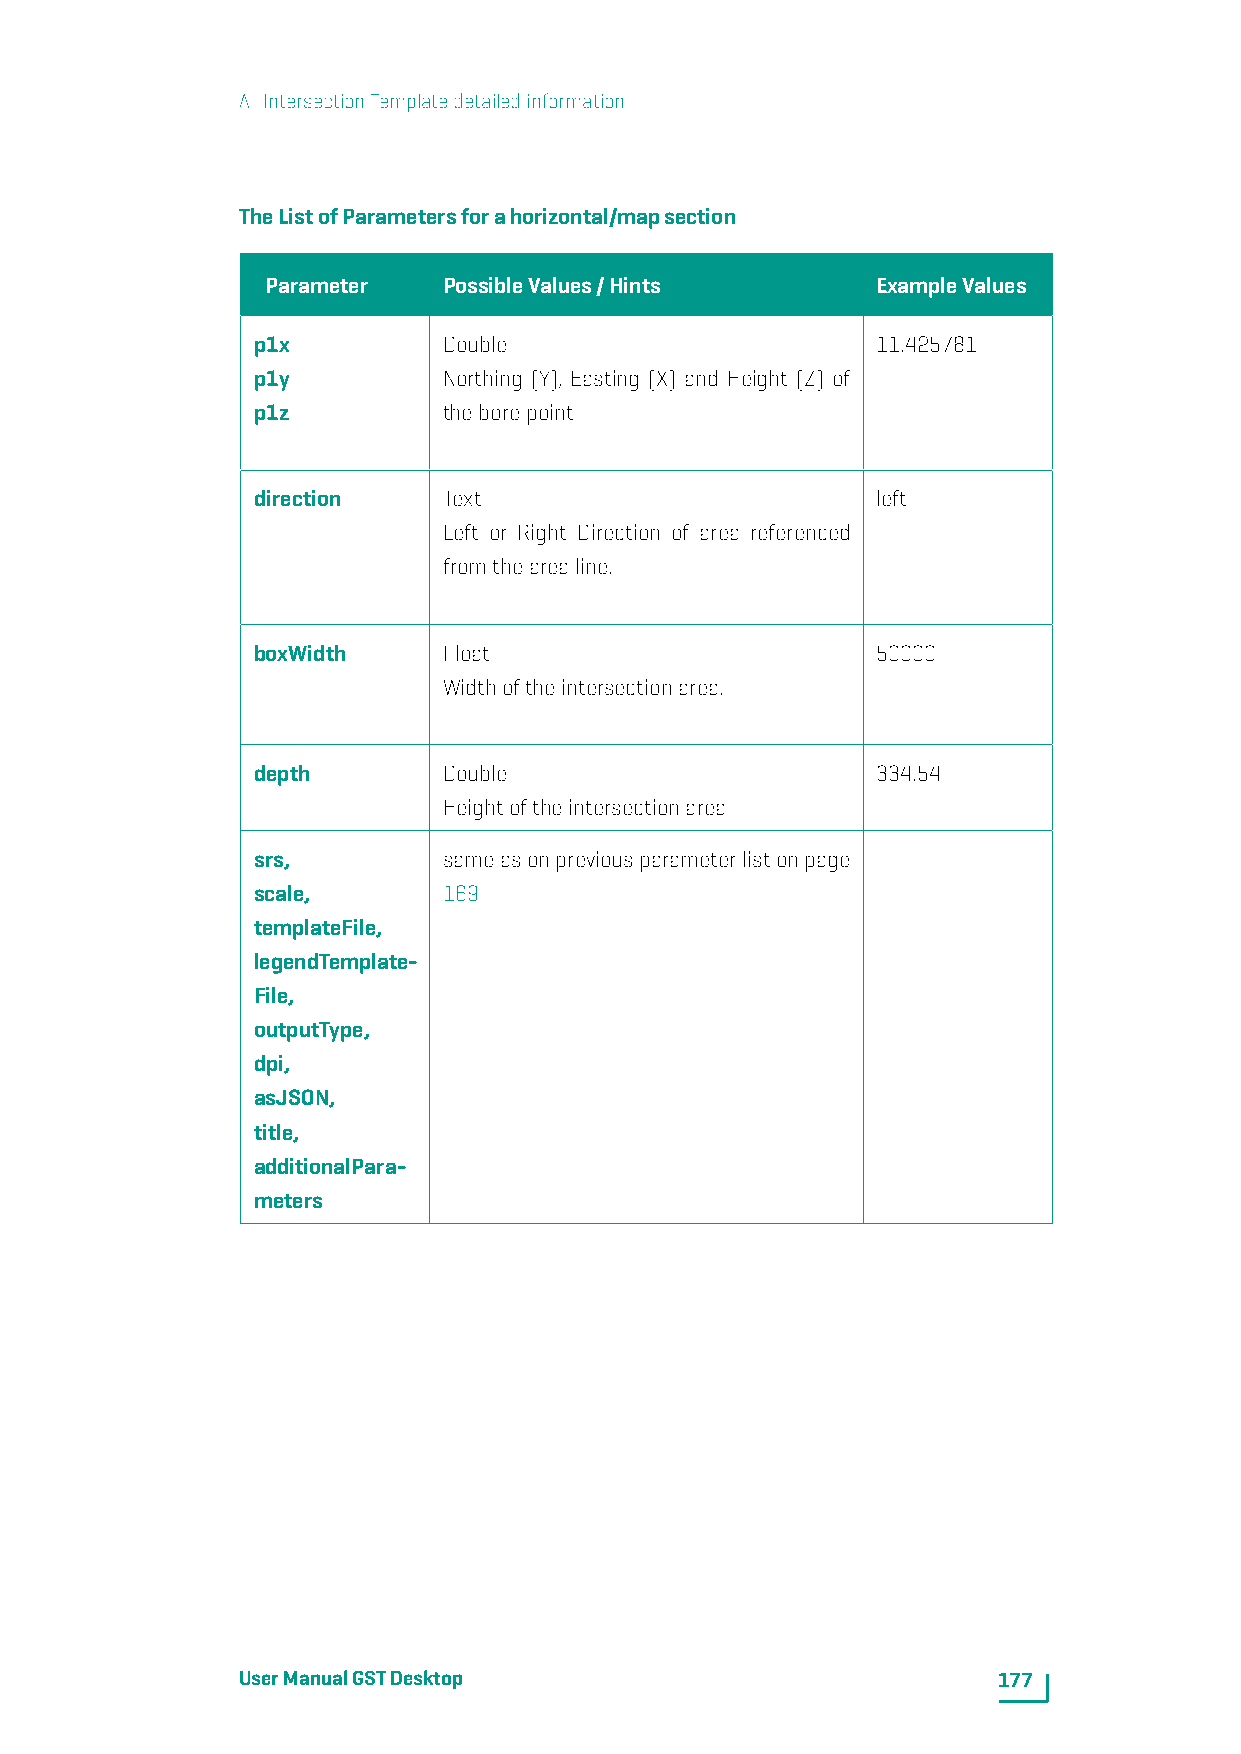
A. IntersectionTemplatedetailedinformation
 TheListofParametersforahorizontal/mapsection
 Parameter  PossibleValues/Hints         ExampleValues
 p1x         Double                       11.425781
 p1y         Northing (Y), Easting (X) and Height (Z) of
 p1z         theborepoint
 direction   Text                         left
 Left or Right Direction of area referenced
 fromthearealine.
 boxWidth    Float                        50000
 Widthoftheintersectionarea.
 depth       Double                       334.54
 Heightoftheintersectionarea
 srs,        sameasonpreviousparameterlistonpage
 scale,      169
 templateFile,
 legendTemplate-
 File,
 outputType,
 dpi,
 asJSON,
 title,
 additionalPara-
 meters
 UserManualGSTDesktop                              177